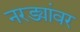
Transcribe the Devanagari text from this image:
नरड्यांवर